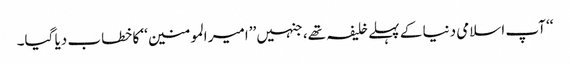
‘‘ آپ اسلامی دنیا کے پہلے خلیفہ تھے، جنہیں ’’امیر المومنین‘‘ کا خطاب دیا گیا۔